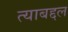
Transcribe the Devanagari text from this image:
त्‍याबद्दल